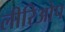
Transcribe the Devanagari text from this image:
लीरिओप